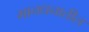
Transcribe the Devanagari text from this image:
मानधनातील